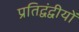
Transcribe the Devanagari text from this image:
प्रतिद्वंद्वीयों